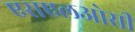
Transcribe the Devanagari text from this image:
एसएलओसी